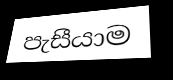
පැසීයාම